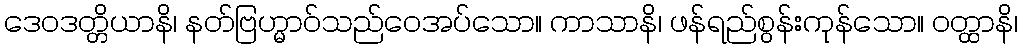
ဒေဝဒတ္တိယာနိ၊ နတ်ဗြဟ္မာဝ်သည်ဝေအပ်သော။ ကာသာနိ၊ ဖန်ရည်စွန်းကုန်သော။ ဝတ္ထာနိ၊